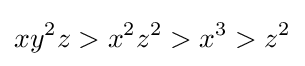
xy^{2}z>x^{2}z^{2}>x^{3}>z^{2}